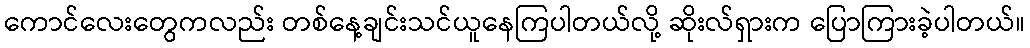
ကောင်လေးတွေကလည်း တစ်နေ့ချင်းသင်ယူနေကြပါတယ်လို့ ဆိုးလ်ရှားက ပြောကြားခဲ့ပါတယ်။